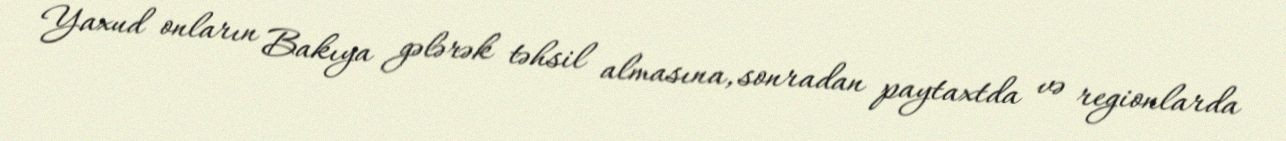
Yaxud onların Bakıya gələrək təhsil almasına, sonradan paytaxtda və regionlarda